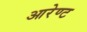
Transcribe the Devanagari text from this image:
आरेण्ट